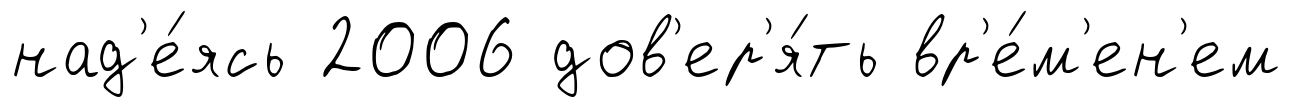
над'е́ясь 2006 дов'ер'я́ть вр'е́м'ен'ем